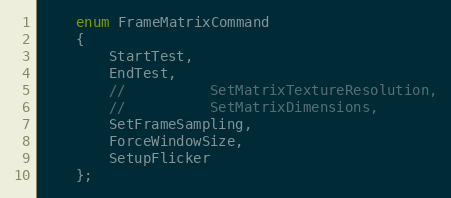
Language: C
	enum FrameMatrixCommand
	{
		StartTest,
		EndTest,
		//			SetMatrixTextureResolution,
		//			SetMatrixDimensions,
		SetFrameSampling,
		ForceWindowSize,
		SetupFlicker
	};